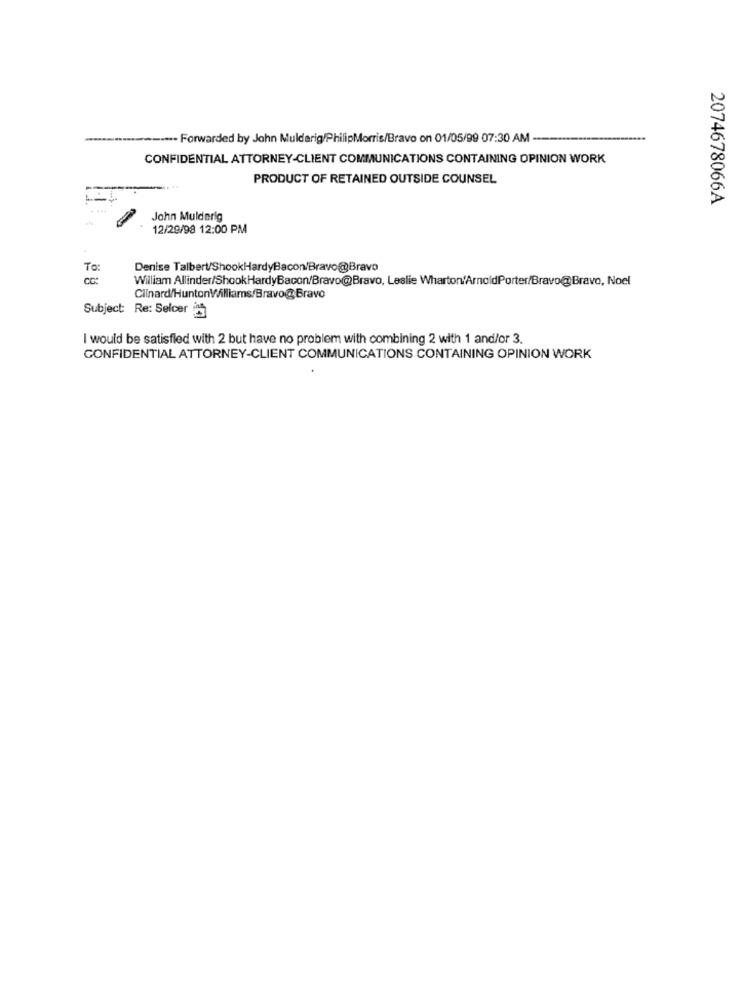
---- Forwarded by John Mulderig/PhilipMorris/Bravo on 01/05/99 07:30 AM ----
CONFIDENTIAL ATTORNEY-CLIENT COMMUNICATIONS CONTAINING OPINION WORK
PRODUCT OF RETAINED OUTSIDE COUNSEL
2074678066A
. ...
John Mulderig
12/29/98 12:00 PM
To:
Denise Talbert/ShookHardyBacon/Bravo@Bravo
cc:
William Allinder/ShookHardyBacon/Bravo@Bravo, Leslie Wharton/ArnoldPorter/Bravo@Bravo, Noel
Clinard/HuntonWilliams/Bravo@Bravo
Subject: Re: Selcer
I would be satisfied with 2 but have no problem with combining 2 with 1 and/or 3.
CONFIDENTIAL ATTORNEY-CLIENT COMMUNICATIONS CONTAINING OPINION WORK